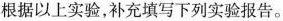
根据以上实验，补充填写下列实验报告。